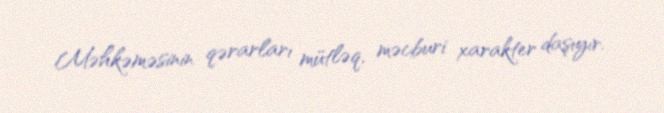
Məhkəməsinin qərarları mütləq, məcburi xarakter daşıyır.